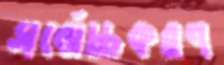
সর্বোচ্চকরণ